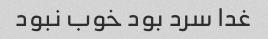
غدا سرد بود خوب نبود